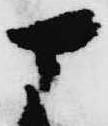
さ